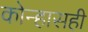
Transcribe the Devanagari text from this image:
कोन्हासही